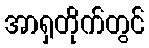
အာရှတိုက်တွင်